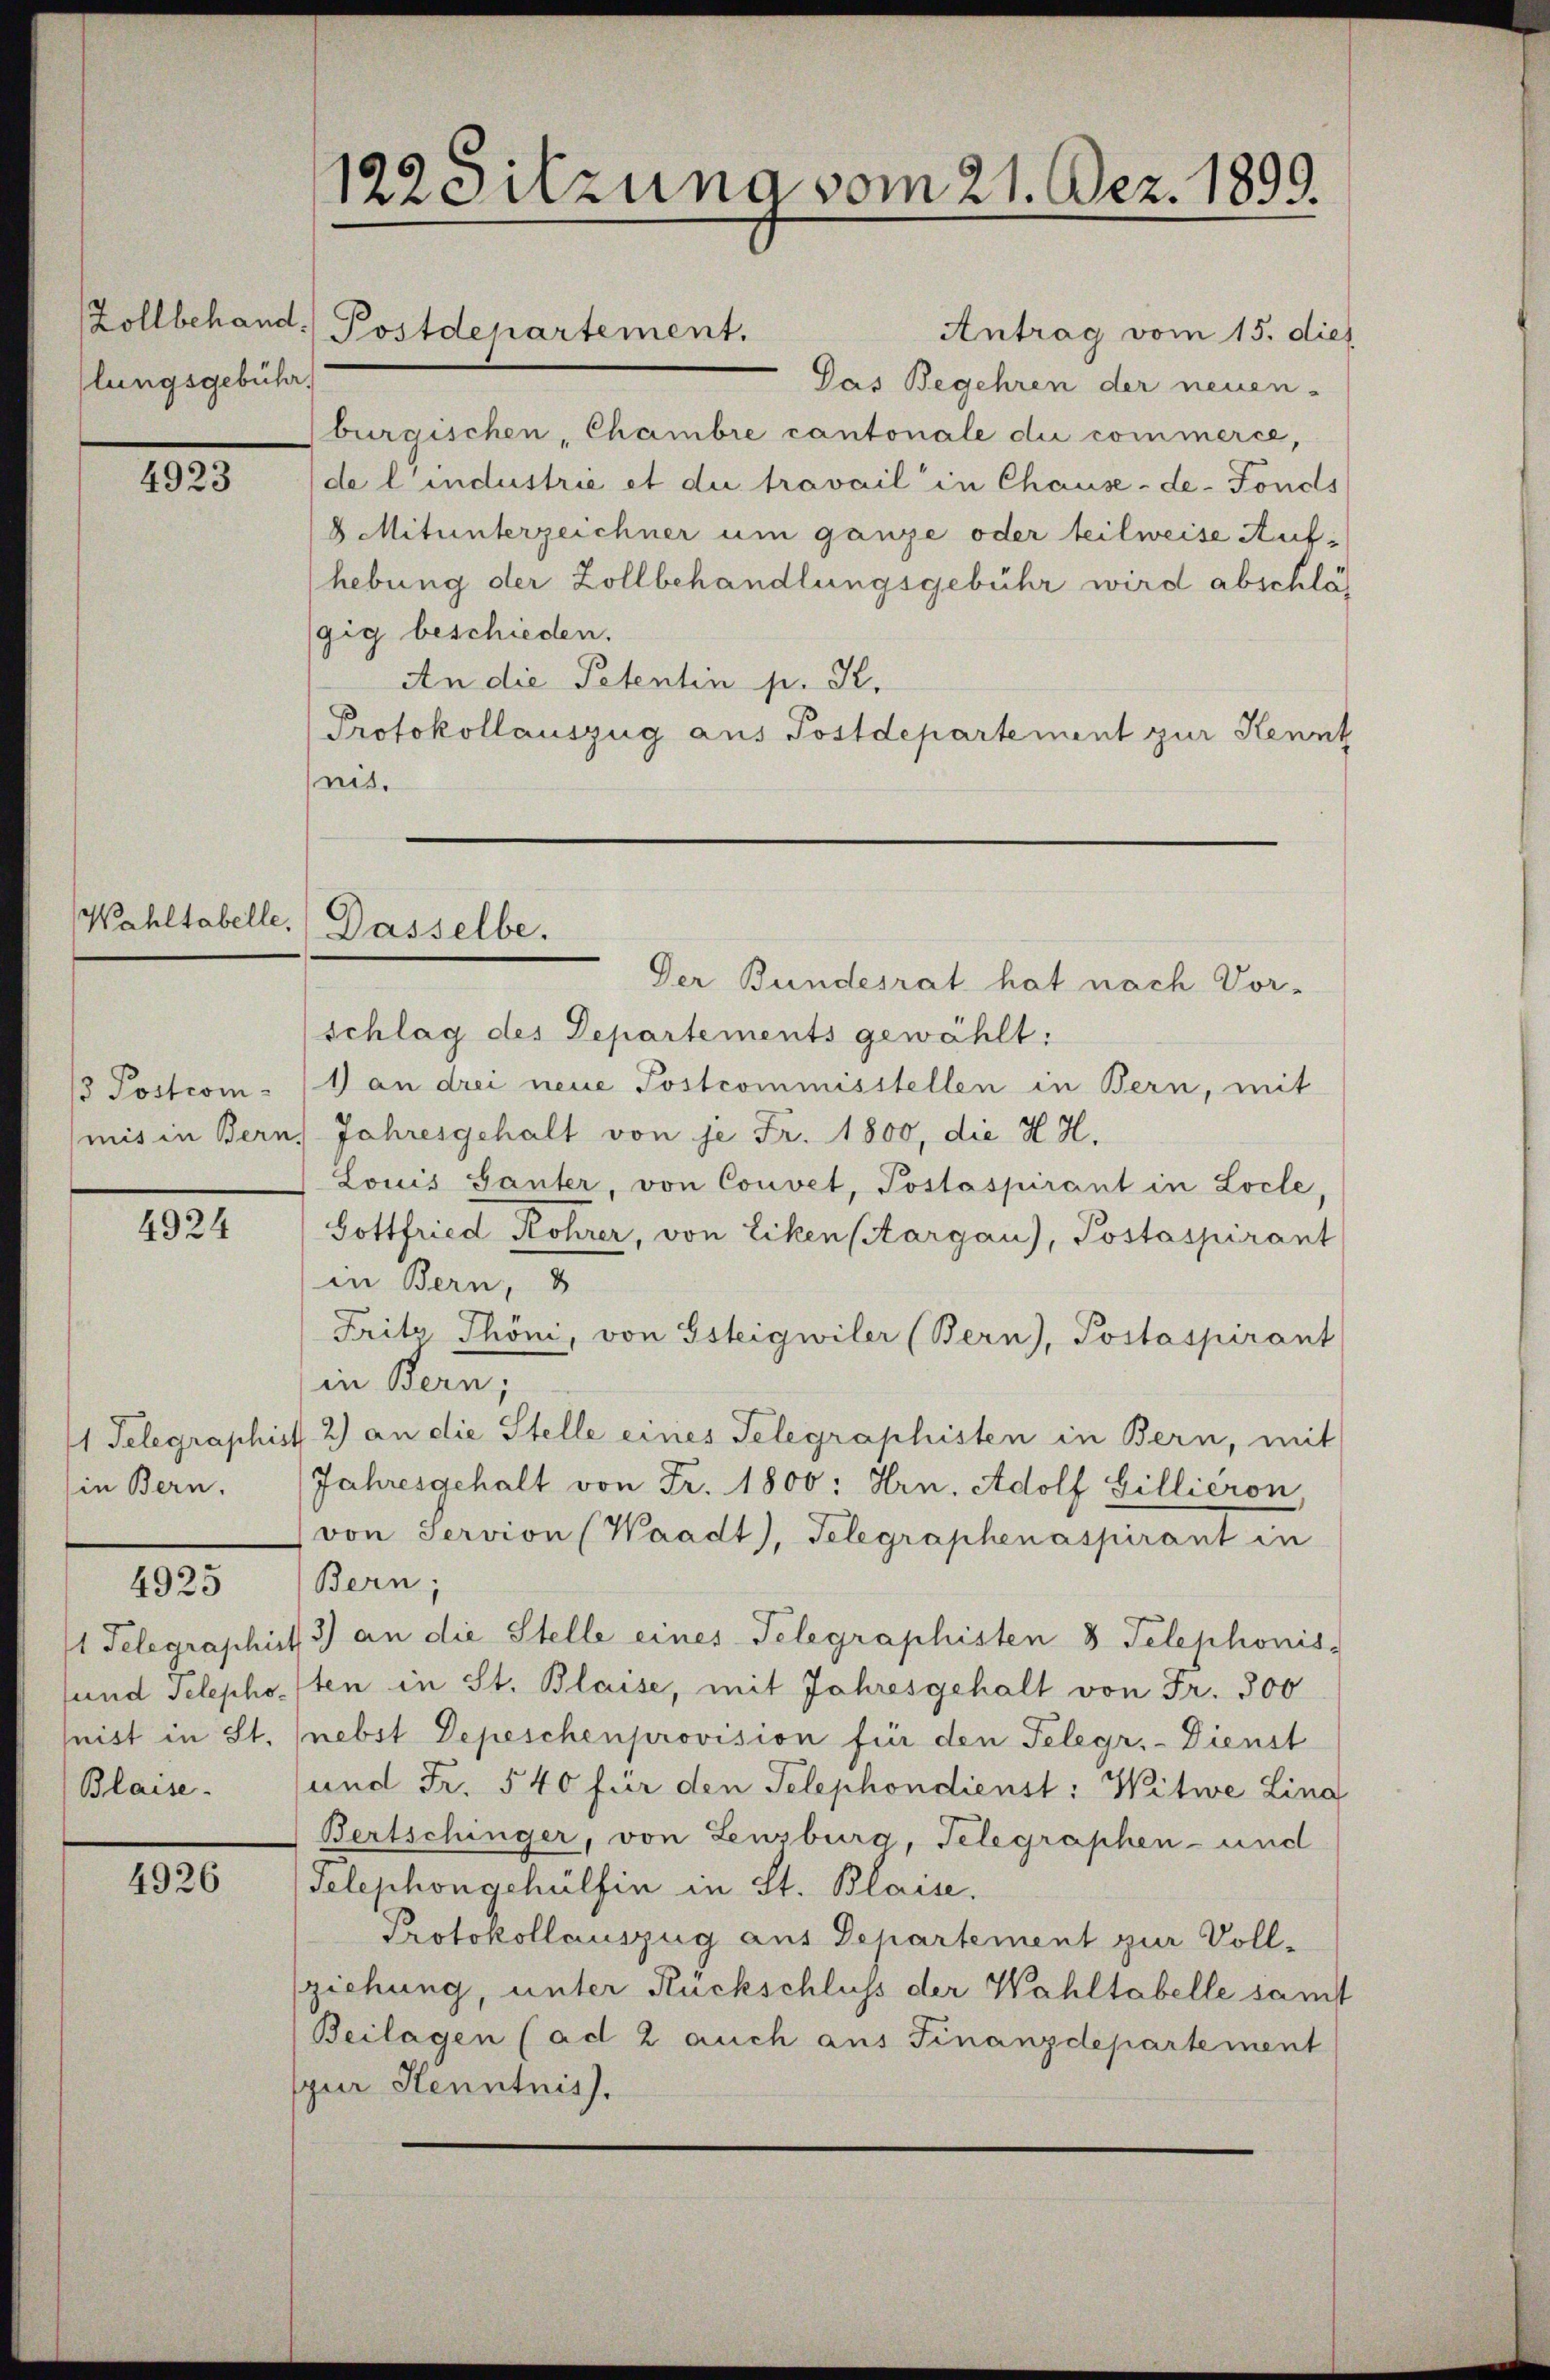
Zollbehand.
lungsgebühr.

4923

Wahltabelle,

/3. Postcom-

4924

1 Telegraphist
in Bern.

4925

1 Telegraphi
und Telepho-
nist in St.
Blaise.

4926

122 Sitzung vom 21. Dez. 1899.

Dasselbe.

Antrag vom 15. dies
Pas Begehren der neuen-
burgischen, Chambre cantonale die commerce,
de l’industrie et die travail in Chause -de-Fonds
8 Mitunterzeichner um ganze oder teilweise Aufhebung der Zollbehandlungsgebühr wird abschläs
gig beschieden.
An die Petentin p. K.
Protokollauszug aus Postdepartement zur Kennt
nis.
Der Bundesrat hat nach Vor-
schlag des Departements gewählt:
1 an drei neue Postcommisstellen in Bern, mit
mis in Bern, Jahresgehalt von je Fr. 1800, die H. H.
Louis Ganter, von Convet, Postaspirant in Locle,
Gottfried Röhrer, von Liken stargau), Postaspirant
in Bern, 3
Fritz. Thöni, von Gsteigwiler (Bern), Postaspirant
in Bern;
2) an die Stelle eines Telegraphisten in Bern, mit
Jahresgehalt von Fr. 1800: Hrn. Adolf Gillieron
von Servion (Waadt, Telegraphenaspirant in
Bern;
3) an die Stelle eines Telegraphisten 8 Telephonis
sten in St. Blaise, mit Jahresgehalt von Fr. 300
nebst Depeschenprovision für den Telegr.- Dienst
und Fr. 540 für den Telephondienst: Witwe Lina
Bertschinger, von Lenzburg, Telegraphen- und
Telephongehülfen in St. Blaise.
Protokollauszug aus Departement zur Vollziehung, unter Rückschluss der Wahltabelle samt
Beilagen (ad 2 auch aus Finanzdepartement
zur Henntnis.

Postdepartement.